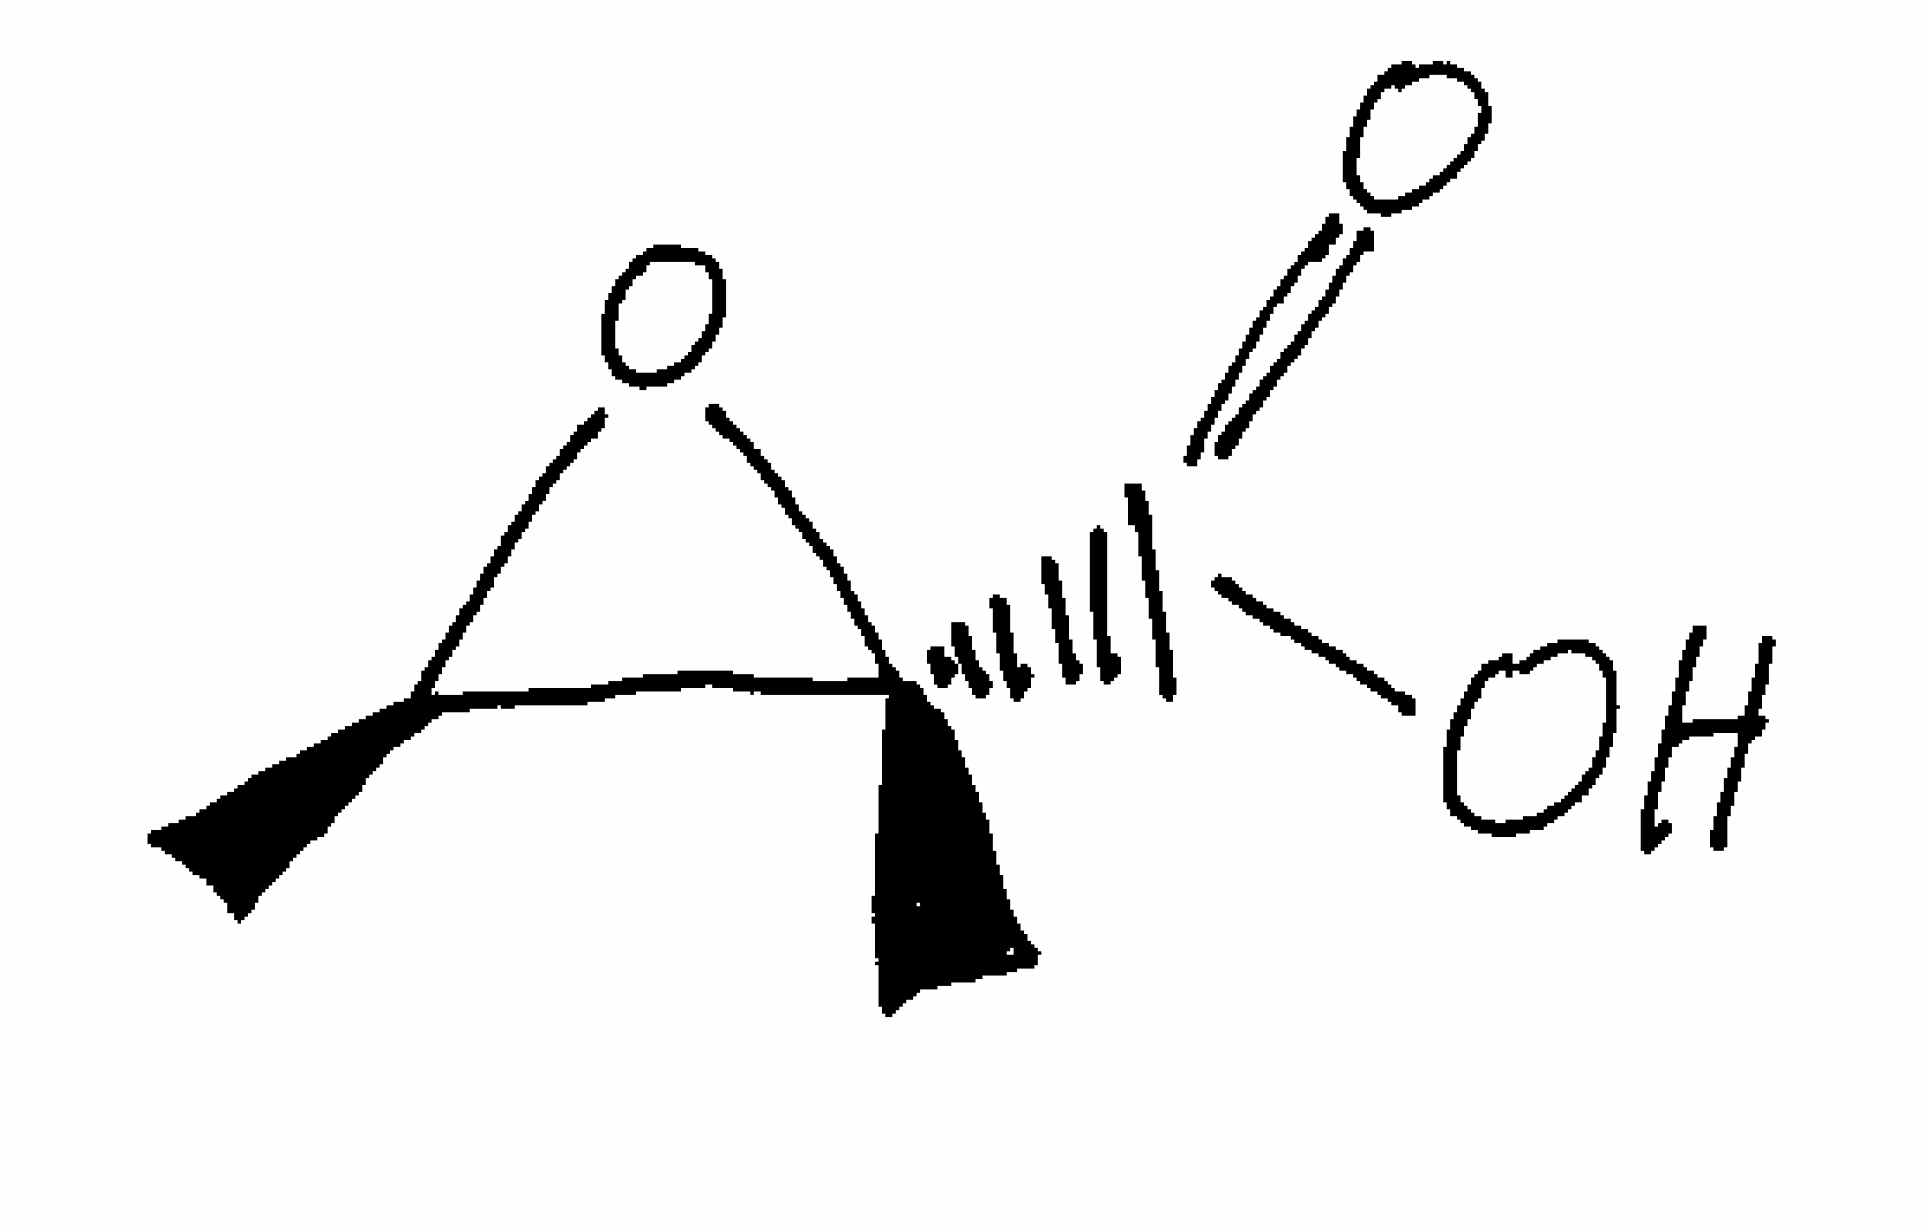
Simplified molecular-input line-entry system (SMILES) notation of the given molecule:
C[C@@H]1[C@@](O1)(C)C(=O)O